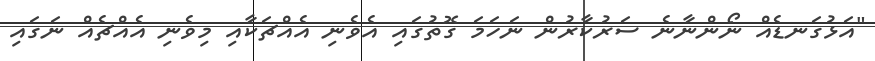
"އަޅުގަނޑެއް ނޯންނާނެ ސަރުކާރުން ނަހަމަ ގޮތުގައި އެވެނި އެއްޗަކާއި މިވެނި އެއްޗެއް ނަގައި